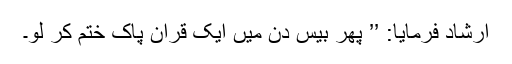
ارشاد فرمایا: ’’ پھر بیس دن میں ایک قرآنِ پاک ختم کر لو۔